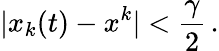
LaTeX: |x_{k}(t)-x^{k}|<\frac{\gamma}{2}\, .